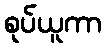
စုပ်ယူကာ